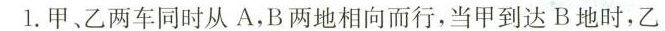
1.甲、乙两车同时从A，B两地相向而行，当甲到达B地时，乙